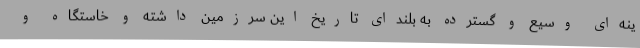
ینه‌ای وسیع و گسترده به بلندای تاریخ این سرزمین داشته و خاستگاه و